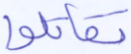
تقاتلوا